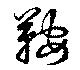
鞍